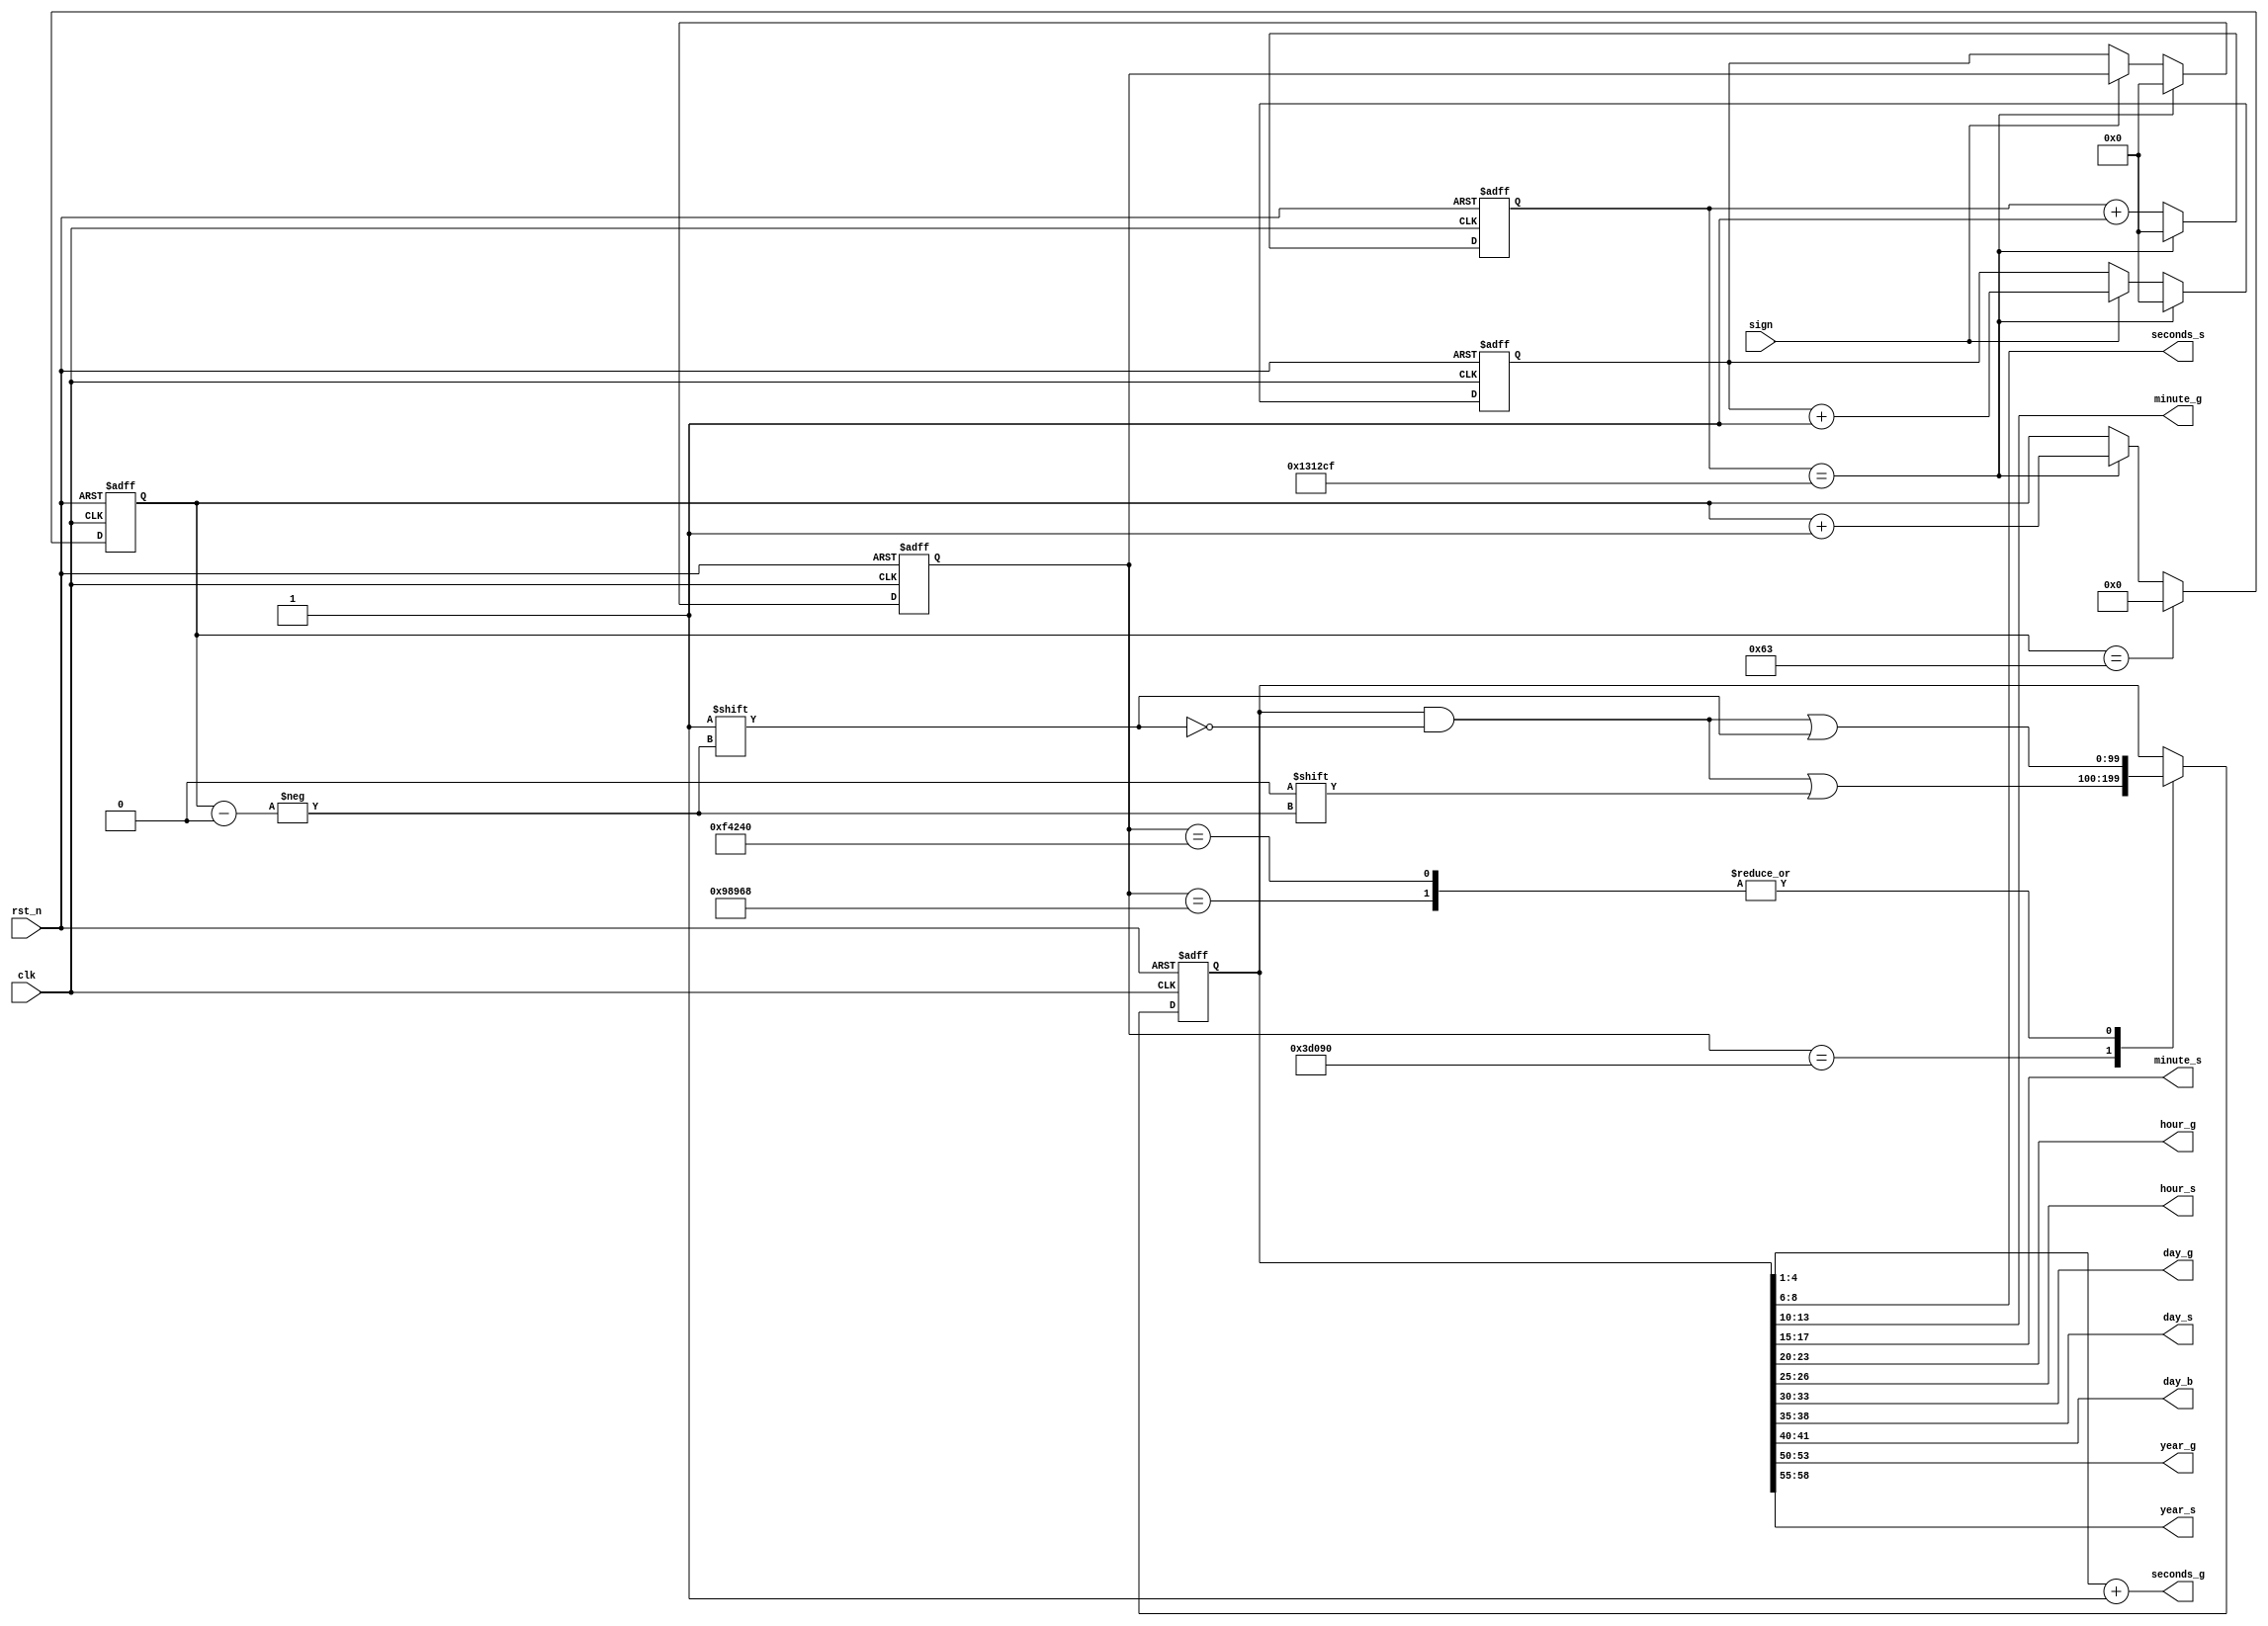
module IRIG_B (
    input wire clk,
    input wire rst_n,
    input wire sign,
    output wire [3:0] seconds_g,
    output wire [2:0] seconds_s,
    output wire [3:0] minute_g ,
    output wire [2:0] minute_s ,
    output wire [3:0] hour_g   ,
    output wire [1:0] hour_s   ,
    output wire [3:0] day_g    ,
    output wire [3:0] day_s    ,
    output wire [1:0] day_b    ,
    output wire [3:0] year_g   ,
    output wire [3:0] year_s    
);
reg [31:0] cnt_10ms;
reg [31:0] cnt_flag;
reg [7:0]  cnt_100;
reg [99:0] data;
reg [31:0] state_flag;
parameter state_0 = 250_000;
parameter state_1 = 625_000;
parameter state_P = 1000_000;
assign seconds_g = {data[4:1]} + 4'b0001;  ////
assign seconds_s = {data[8:6]};
assign minute_g  = {data[13:10]};
assign minute_s  = {data[17:15]};
assign hour_g    = {data[23:20]};
assign hour_s    = {data[26:25]};
assign day_g     = {data[33:30]};
assign day_s     = {data[38:35]};
assign day_b     = {data[41:40]};
assign year_g    = {data[53:50]};
assign year_s    = {data[58:55]};

/*cnt_100ms0
tb*/

/*P*/

always@(posedge clk or negedge rst_n)  ///////10ms
begin
     if(!rst_n)
        begin
              cnt_10ms <= 32'd0;
        end
      else if(cnt_10ms == 32'd124_9999)
         begin
              cnt_10ms <= 32'd0;              
         end
      else
         begin
              cnt_10ms <= cnt_10ms + 1'd1;
end
end

always@(posedge clk or negedge rst_n)   //////P0,1
begin
     if(!rst_n)
        begin
              cnt_flag <= 32'd0;
        end
      else if(cnt_10ms == 32'd124_9999)
         begin
              cnt_flag <= 32'd0;              
         end
      else if(sign == 1'd1)
         begin
              cnt_flag <= cnt_flag + 1'd1;
         end
      else
         begin
              cnt_flag <= cnt_flag;
         end
end

always@(posedge clk or negedge rst_n)      //////////signcnt_flagstate_flagP0,1
begin
     if(!rst_n)
        begin
              state_flag <= 32'd0;
        end
      else if(cnt_10ms == 32'd124_9999)
         begin
              state_flag <= 32'd0;              
         end
      else if(sign == 1'd0)
         begin
              state_flag <= cnt_flag;
         end
      else
         begin
              state_flag <= state_flag;
         end
end

always@(posedge clk or negedge rst_n)      ////////100
begin
     if(!rst_n)
        begin
              cnt_100 <= 8'd0;
        end
      else if(cnt_100 == 8'd99)
         begin
              cnt_100 <= 8'd0;              
         end
      else if(cnt_10ms == 32'd124_9999)
         begin
              cnt_100 <= cnt_100 + 1'd1;
         end
      else
         begin
              cnt_100 <= cnt_100;
         end
end
always@(posedge clk or negedge rst_n)
begin
      if(!rst_n)
         begin
              data <= 100'd0;            /////////
         end
       else
         case(state_flag)
           state_0:   data [cnt_100] <= 1'd0;       /////////////state_flagP0,1cnt_100
           state_1:   data [cnt_100] <= 1'd1;
           state_P:   data [cnt_100] <= 1'd1;
         endcase
end
endmodule